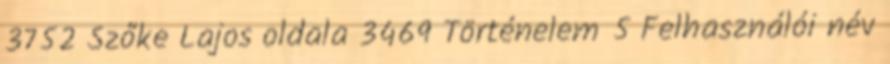
3752 Szőke Lajos oldala 3469 Történelem 5 Felhasználói név